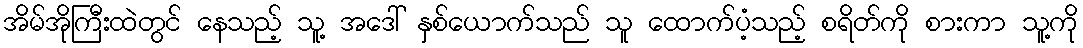
အိမ်အိုကြီးထဲတွင် နေသည့် သူ့ အဒေါ် နှစ်ယောက်သည် သူ ထောက်ပံ့သည့် စရိတ်ကို စားကာ သူ့ကို